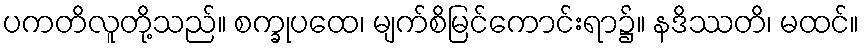
ပကတိလူတို့သည်။ စက္ခုပထေ၊ မျက်စိမြင်ကောင်းရာ၌။ နဒိဿတိ၊ မထင်။